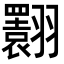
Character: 𦒬